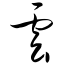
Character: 云